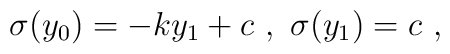
\sigma (y_0) = - k y_1+ c ~,~ \sigma (y_1) = c~,~\,